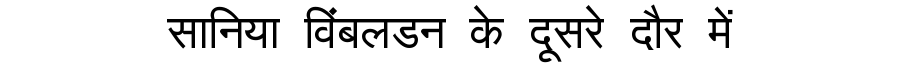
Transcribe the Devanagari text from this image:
सानिया विंबलडन के दूसरे दौर में